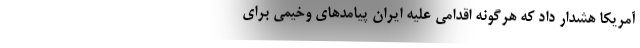
آمریکا هشدار داد که هرگونه اقدامی علیه ایران پیامدهای وخیمی برای